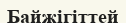
Байжігіттей